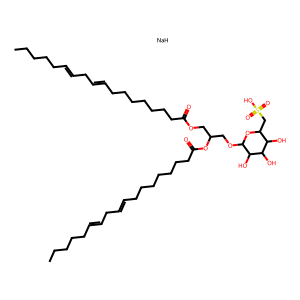
SMILES: CCCCCC=CCC=CCCCCCCCC(=O)OCC(COC1OC(CS(=O)(=O)O)C(O)C(O)C1O)OC(=O)CCCCCCCC=CCC=CCCCCC.[NaH]
Inhibits HIV replication: No